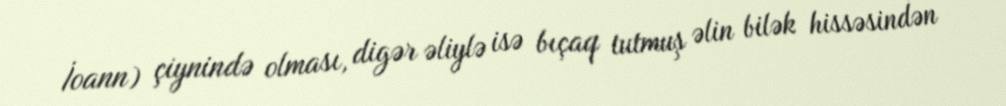
İoann) çiynində olması, digər əliylə isə bıçaq tutmuş əlin bilək hissəsindən